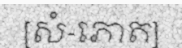
[សំ-ភោត]